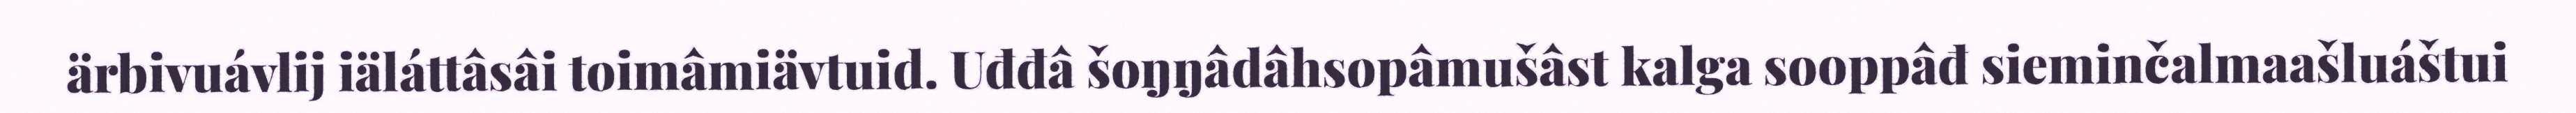
ärbivuávlij iäláttâsâi toimâmiävtuid. Uđđâ šoŋŋâdâhsopâmušâst kalga sooppâđ sieminčalmaašluáštui